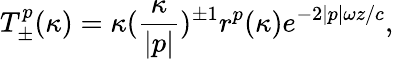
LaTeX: T_{\pm}^{p}(\kappa)={\kappa}(\frac{\kappa}{|p|})^{\pm 1}r^{p}(\kappa)e^{-2|p|{\omega}z/c},